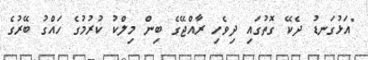
"އަޅުގަނޑު ދެކޭ ގޮތުގައި ދިވެހި ރާއްޖޭގެ ބިން މިލްކު ކުރުމުގެ ހައްގު ބޭރުގެ